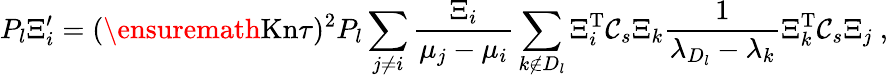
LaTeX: P_{l}\Xi_{i}^{\prime}=(\ensuremath{\mathrm{Kn}}\tau)^{2}P_{l}\sum_{j\neq i}\frac{\Xi_{i}}{\mu_{j}-\mu_{i}}\sum_{k\notin D_{l}}\Xi_{i}^{\mathrm{T}}\mathcal C_{s}\Xi_{k}\frac{1}{\lambda_{D_{l}}-\lambda_{k}}\Xi_{k}^{\mathrm{T}}\mathcal C_{s}\Xi_{j}\ ,